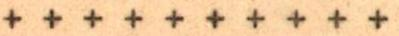
+ + + + + + + + + +